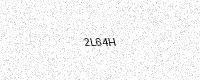
Text: 2L64H